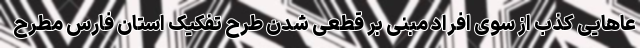
عاهایی کذب از سوی افراد مبنی بر قطعی شدن طرح تفکیک استان فارس مطرح